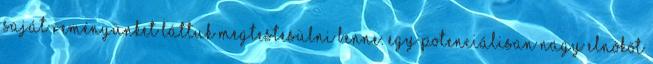
saját reményünket láttuk megtestesülni benne. Egy potenciálisan nagy elnököt